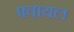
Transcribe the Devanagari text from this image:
फ्वायल